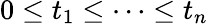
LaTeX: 0\leq t_{1}\leq\dots\leq t_{n}